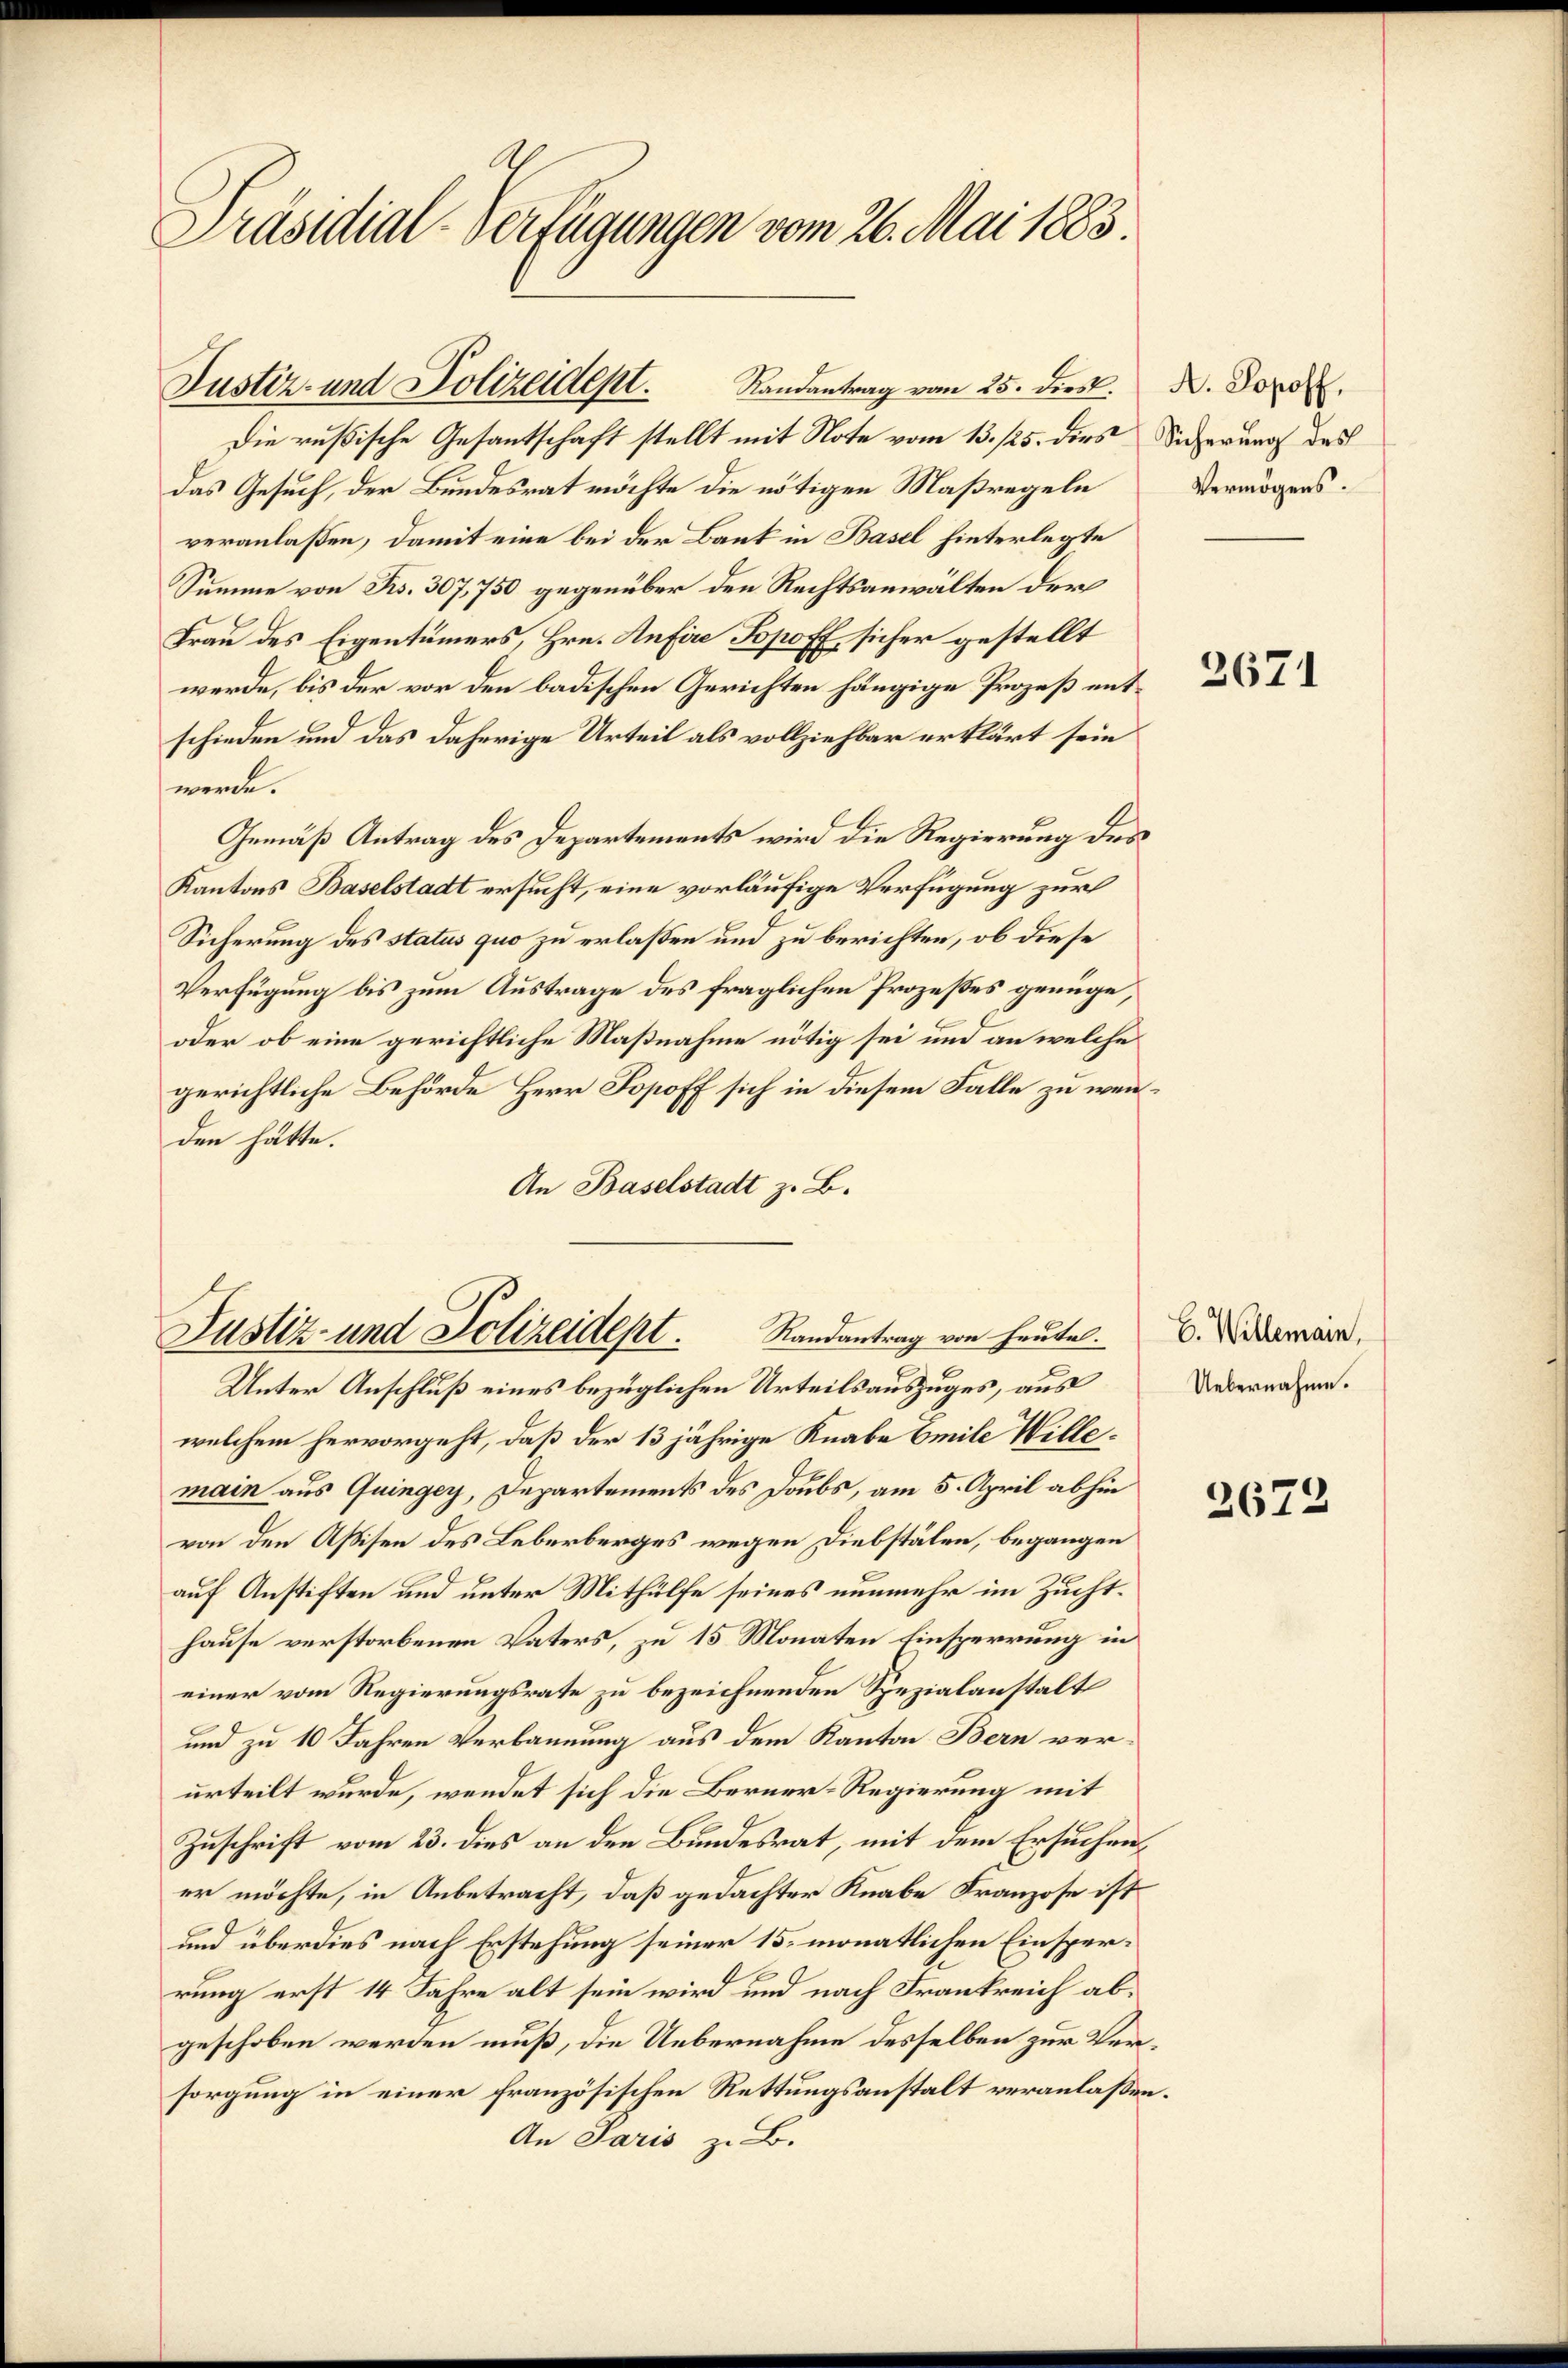
Präsidial-Verfügungen vom 26. Mai 1883

Die rußische Gesantschaft stellt mit Note vom 13. 125. dies
das Gesuch, der Bundesrat möchte die nötigen Maßregeln
veranlaßen, damit eine bei der Bank in Basel hinterlegte
Summe von Frs. 307,750 gegenüber den Rechtsanwälten der
Frau des Eigentümers, Hrn. Aufire Topoff sicher gestellt
werde, bis der vor den badischen Gerichten hängige Prozeß entschieden und das daherige Urteil als vollziehbar erklärt sein
werde.
Gemäß Antrag des Departements wird die Regierung des
Kantons Baselstadt ersucht, eine vorläufige Verfügung zur
Sicherung des status quo zu erlaßen und zu berichten, ob diese
Verfügung bis zum Austrage des fraglichen Prozesses genüge,
oder ob eine gerichtliche Maßnahme nötig sei und an welche
gerichtliche Behörde Herr Sopoff sich in diesem Falle zu weiden hätte.
An Baselstadt z. B.
Justiz- und Polizeidept. Randantrag von heute.
Unter Anschluß eines bezüglichen Urteilsauszuges, aus
welchem hervorgeht, daß der 13 jährige Knabe Emile Willemain aus Quinger, Departements des Doubs, am 5. April abhin
von den Assisen des Leberberges wegen Diebstälen, begangen
auf Anstiften und unter Mithülfe seines nunmehr im Zuchthause verstorbenen Vaters, zu 15 Monaten Einsperrung in
einer vom Regierungsrate zu bezeichnenden Spezialanstalt
und zu 10 Jahren Verbannung aus dem Kanton Bern verurteilt wurde, wendet sich die Berner-Regierung mit
Zuschrift vom 23. dies an den Bundesrat, mit dem Ersuchener möchte, in Anbetracht, daß gedachter Knabe Franzose ist
und überdies nach Erstehung seiner 15. monatlichen Einsperrung erst 14 Jahre alt sein wird und nach Frankreich abgeschoben werden muß, die Uebernahme desselben zur Versorgung in einer französischen Rettungsanstalt veranlaßen
An Paris z. B.

Justiz- und Polizeidept. Randantrag vom 25. dies.

A. Sopoff,
Sicherung des
Vermögens.

3671

b. Willemain,
Uebernahme.

2672